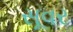
સૂવર